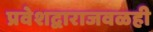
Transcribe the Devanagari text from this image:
प्रवेशद्वाराजवळही